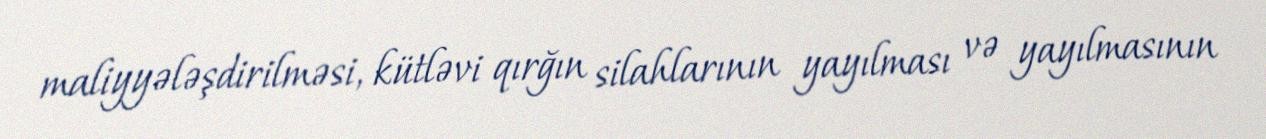
maliyyələşdirilməsi, kütləvi qırğın silahlarının yayılması və yayılmasının